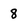
Character: 8